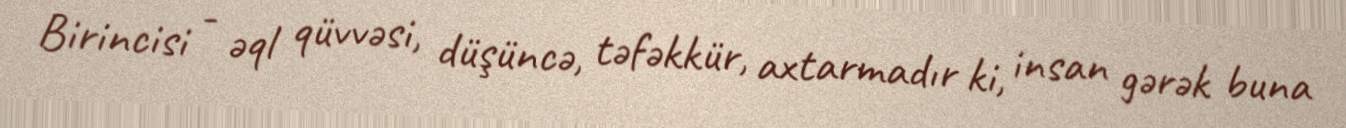
Birincisi - əql qüvvəsi, düşüncə, təfəkkür, axtarmadır ki, insan gərək buna